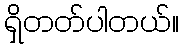
ရှိတတ်ပါတယ်။